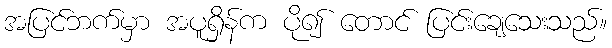
အပြင်ဘက်မှာ အပူရှိန်က ပို၍ တောင် ပြင်းချေသေးသည်။